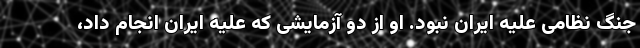
جنگ نظامی علیه ایران نبود. او از دو آزمایشی که علیه ایران انجام داد،